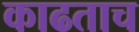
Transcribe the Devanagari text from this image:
काढताच